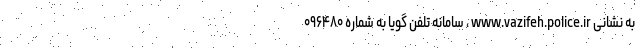
به نشانی www.vazifeh.police.ir ، سامانه تلفن گویا به شماره ۰۹۶۴۸۰